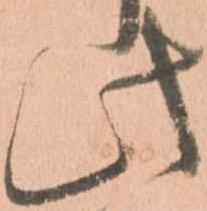
此